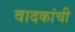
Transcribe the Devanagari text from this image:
वादकांची